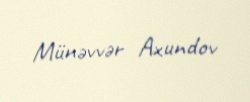
Münəvvər Axundov